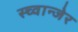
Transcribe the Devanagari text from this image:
स्च्वान्जेर